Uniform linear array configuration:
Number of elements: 12
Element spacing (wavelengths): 0.5
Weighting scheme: hamming
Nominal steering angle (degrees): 30
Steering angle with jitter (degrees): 28.497
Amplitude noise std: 0.05
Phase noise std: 0.05

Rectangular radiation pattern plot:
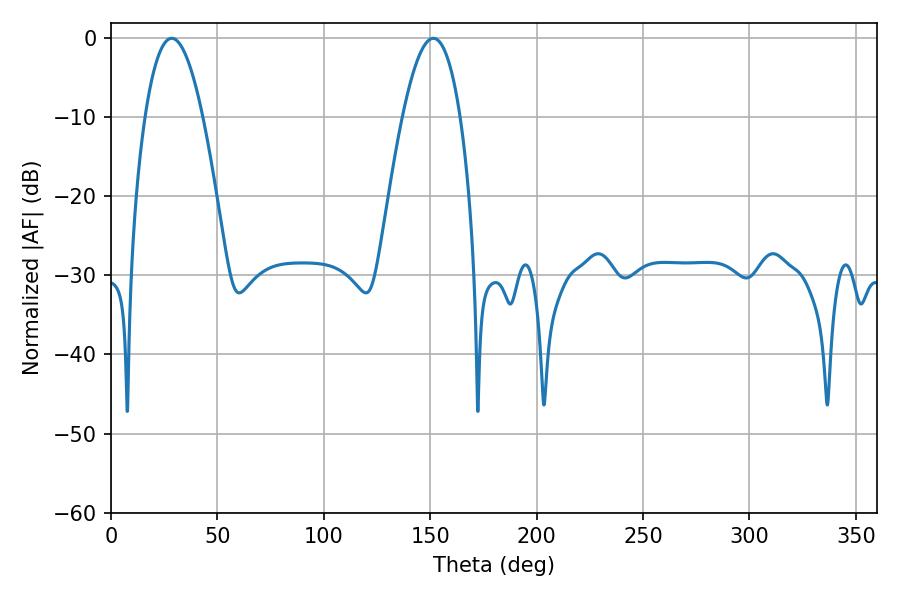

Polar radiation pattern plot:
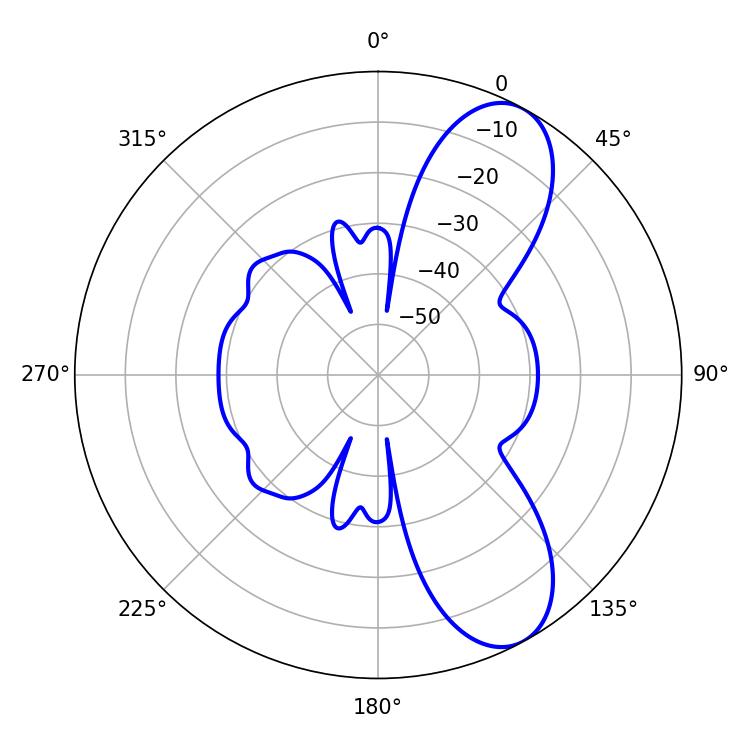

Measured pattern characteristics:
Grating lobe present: FALSE
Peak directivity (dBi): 8.705
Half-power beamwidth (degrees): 14.94
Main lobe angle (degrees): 28.44